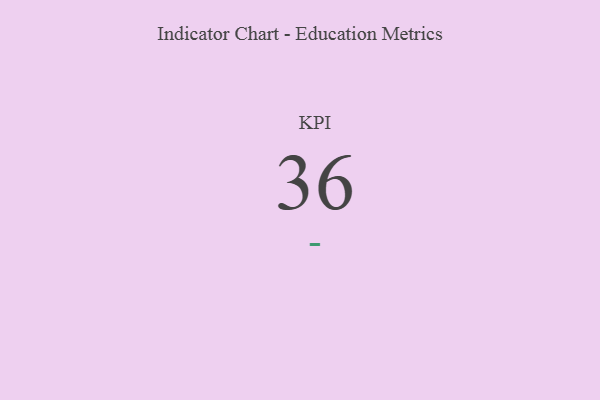
{"axis": {"x": "KPI", "y": "Value"}, "legend": [""], "data": [{"x": "KPI", "y": 36, "type": ""}]}